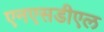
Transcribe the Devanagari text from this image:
एनएसडीएल